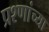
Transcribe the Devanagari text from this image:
प्रश्णांच्या